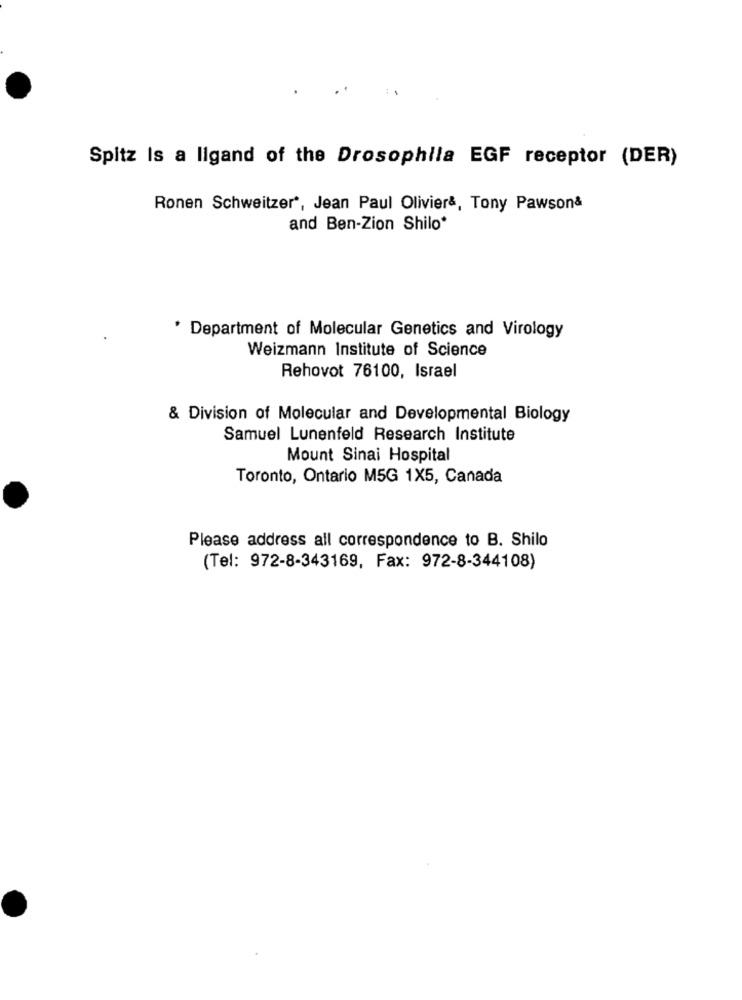
Spitz Is a ligand of the Drosophila EGF receptor (DER)
Ronen Schweitzer", Jean Paul Olivier&, Tony Pawson&
and Ben-Zion Shilo*
* Department of Molecular Genetics and Virology
Weizmann Institute of Science
Rehovot 76100, Israel
& Division of Molecular and Developmental Biology
Samuel Lunenfeld Research Institute
Mount Sinai Hospital
Toronto, Ontario M5G 1X5, Canada
Please address all correspondence to B. Shilo
(Tel: 972-8-343169, Fax: 972-8-344108)